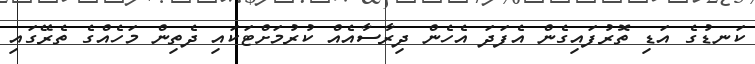
ކަނޑުގެ އަޑި ތޮރުފައިގެން އެފަަދަ އެހެން ދިރާސާއެއް ކުރުމަށްޓަކައި ދެތިން މަހެއްްގެ ތެރޭގައި